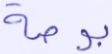
بوصة